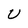
Character: U